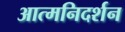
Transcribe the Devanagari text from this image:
आत्मनिदर्शन